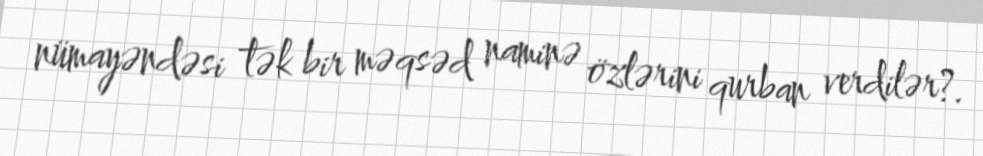
nümayəndəsi tək bir məqsəd naminə özlərini qurban verdilər?.